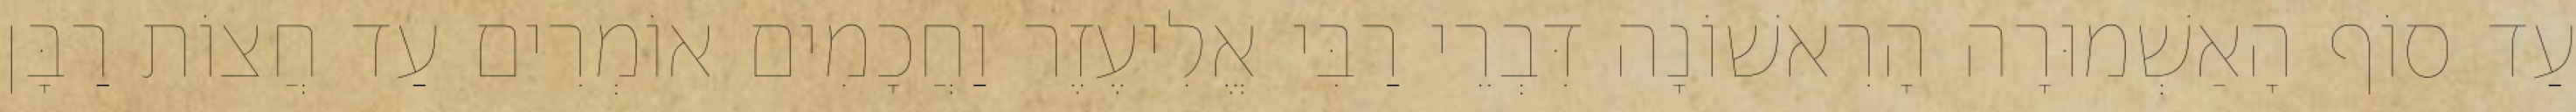
עַד סוֹף הָאַשְׁמוּרָה הָרִאשׁוֹנָה דִּבְרֵי רַבִּי אֱלִיעֶזֶר וַחֲכָמִים אוֹמְרִים עַד חֲצוֹת רַבָּן